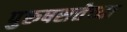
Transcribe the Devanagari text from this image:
पुरुषसत्तेच्या